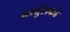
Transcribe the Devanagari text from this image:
बर्म्युडाकडे